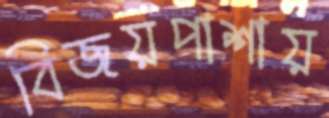
বিজয়পাশায়